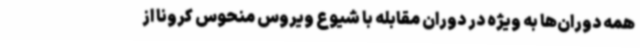
همه دوران‌ها به ویژه در دوران مقابله با شیوع ویروس منحوس کرونا از